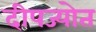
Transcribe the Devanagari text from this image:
दीपज्योत